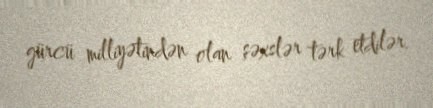
gürcü milliyətindən olan şəxslər tərk etdilər.